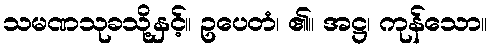
သမဏသုခသို့နှင့်။ ဥပေတံ၊ ၏။ အဋ္ဌ၊ ကုန်သော။